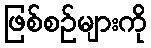
ဖြစ်စဉ်များကို